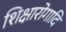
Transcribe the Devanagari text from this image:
शिक्षारोगादि